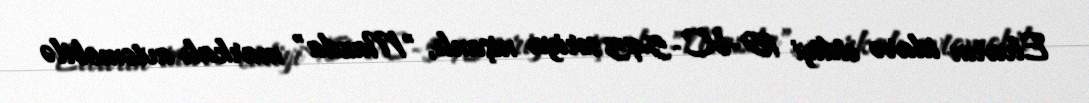
Elvarın idarə etdiyi 10-VC-543 seriya nişanlı, "Mazda" markalı avtomobilə